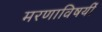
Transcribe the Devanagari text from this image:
मरणाविषयीं